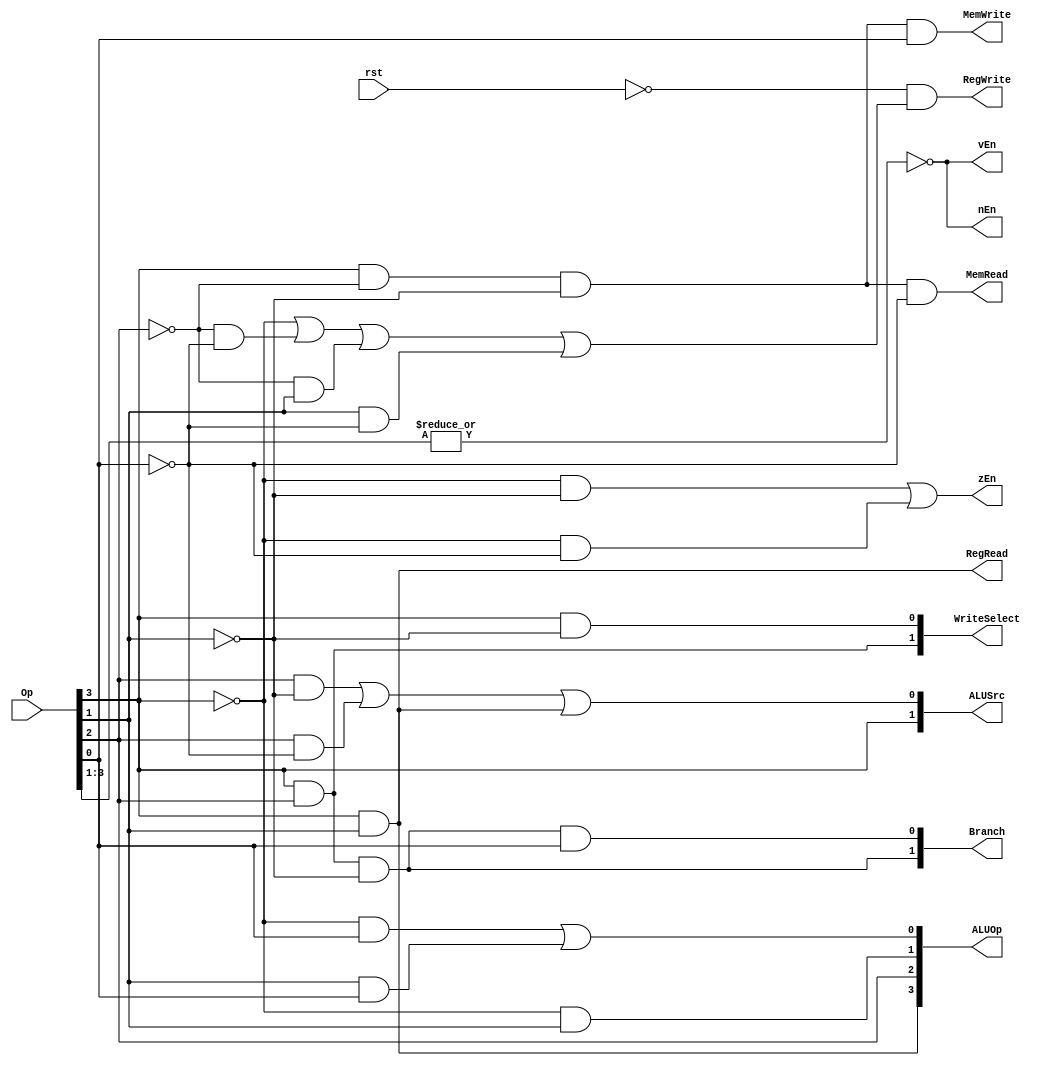
module Control(rst, Op, RegRead, RegWrite, MemRead, MemWrite, zEn, vEn, nEn, ALUSrc, WriteSelect, Branch, ALUOp);
	
    input rst;   
    input[3:0] Op;
    output RegRead, RegWrite, MemRead, MemWrite, zEn, vEn, nEn;
    output[1:0] ALUSrc, WriteSelect, Branch;
    output[3:0] ALUOp;
				
    // RegRead: 1 for LLB and LHB, 0 otherwise                
    assign RegRead = Op[3] & Op[1];

    // RegWrite: 0 for SW, B, BR, HLT, 1 otherwise
    assign RegWrite = ~rst & ((~Op[3]) | (~Op[2] & ~Op[0]) | (~Op[2] & Op[1]) | (Op[1] & ~Op[0]));

    /* ALUSrc:
        00: regData2                (ADD, SUB, XOR, PADDSB, RED)
        01: zero-extended immediate (SLL, SRA, ROR)
        10: sign-extended immediate (LW, SW)
        11: 8-bit immediate         (LLB, LHB) */
    assign ALUSrc[0] = (Op[2] & ~Op[1]) | (Op[2] & ~Op[0]) | (Op[3] & Op[1]);
    assign ALUSrc[1] = Op[3];


    assign ALUOp[0] = (~Op[3] & Op[0]) | (Op[1] & Op[0]);
    assign ALUOp[1] = ~Op[3] & Op[1];
    assign ALUOp[2] = Op[2];
    assign ALUOp[3] = Op[3] & Op[1];

    // halt: 1 for HLT, 0 otherwise
    //assign halt = &Op;

    /* Branch: 
        0X: Non-Branch instruction
        10: Branch to immediate
        11: Branch to register value */
    assign Branch[0] = Op[3] & Op[2] & ~Op[1] & Op[0];
    assign Branch[1] = Op[3] & Op[2] & ~Op[1];

    /* WriteSelect:
        00: ALUOut
        01: MemOut
        10: next PC */
    assign WriteSelect[0] = Op[3] & ~Op[1];
    assign WriteSelect[1] = Op[3] & Op[2];

    // MemWrite: 1 for SW, 0 otherwise
    assign MemWrite = Op[3] & ~Op[2] & ~Op[1] & Op[0];
    
	// MemRead: 1 for LW, 0 otherwise
	assign MemRead = Op[3] & ~Op[2] & ~Op[1] & ~Op[0];
	
    // zEn: 1 for ADD, SUB, XOR, SLL, SRA, ROR, 0 otherwise
    assign zEn = (~Op[3] & ~Op[1]) | (~Op[3] & ~Op[0]);
    
    // vEn and nEn: 1 for ADD and SUB, 0 otherwise
    assign vEn = ~|Op[3:1];
    assign nEn = ~|Op[3:1];

endmodule